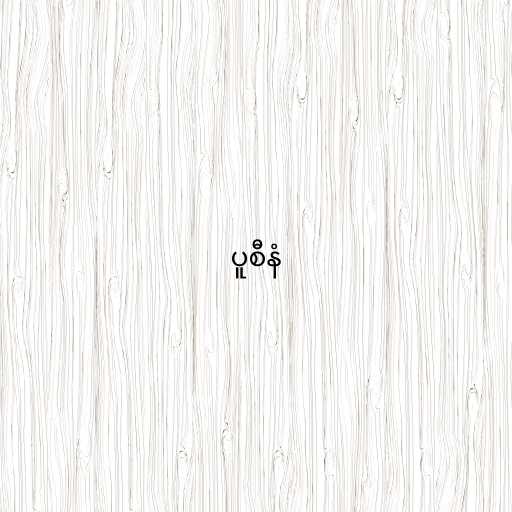
ပူစီနံ